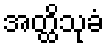
အတ္ထိသုခံ